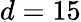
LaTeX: d=15